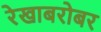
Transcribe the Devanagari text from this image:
रेखाबरोबर